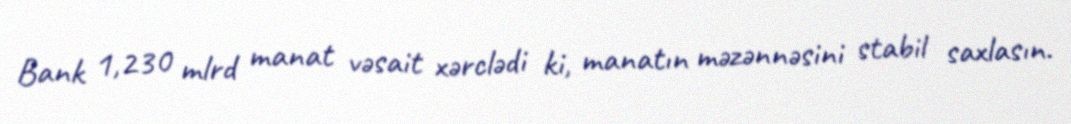
Bank 1,230 mlrd manat vəsait xərclədi ki, manatın məzənnəsini stabil saxlasın.